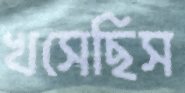
খসেছিস